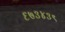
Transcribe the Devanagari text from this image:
६७३४३९